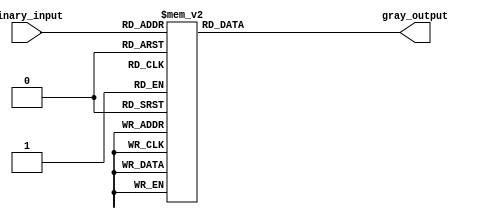
module gray_priority_encoder(
    input [3:0] binary_input,
    output reg [1:0] gray_output
);

always @(*) begin
    case(binary_input)
        4'b0001: gray_output = 2'b00;
        4'b0010: gray_output = 2'b01;
        4'b0011: gray_output = 2'b10;
        4'b0100: gray_output = 2'b01;
        4'b0101: gray_output = 2'b10;
        4'b0110: gray_output = 2'b11;
        4'b1000: gray_output = 2'b01;
        4'b1001: gray_output = 2'b10;
        4'b1010: gray_output = 2'b11;
        4'b1100: gray_output = 2'b10;
        4'b1101: gray_output = 2'b11;
        4'b1110: gray_output = 2'b11;
        default: gray_output = 2'b00;
    endcase
end

endmodule